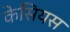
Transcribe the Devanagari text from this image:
केसियस